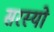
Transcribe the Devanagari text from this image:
सरस्‍यो